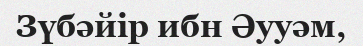
Зүбәйір ибн Әууәм,